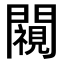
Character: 𨶳